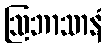
ဩဘာသာနံ